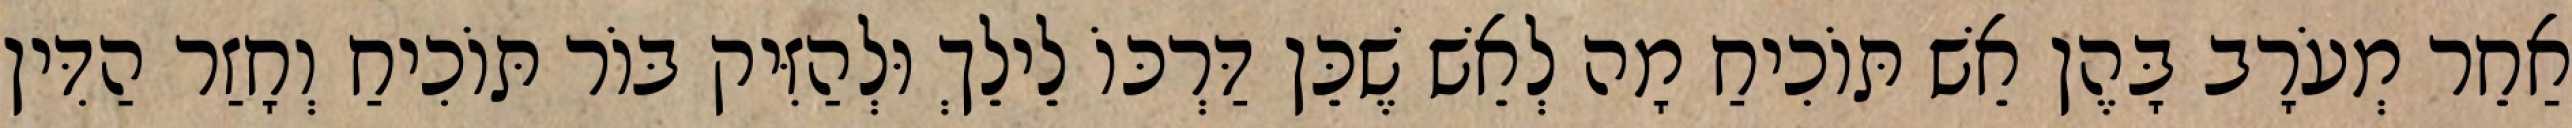
אַחֵר מְעֹרָב בָּהֶן אֵשׁ תּוֹכִיחַ מָה לְאֵשׁ שֶׁכֵּן דַּרְכּוֹ לֵילֵךְ וּלְהַזִּיק בּוֹר תּוֹכִיחַ וְחָזַר הַדִּין